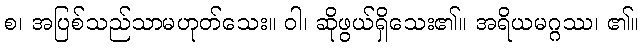
စ၊ အပြစ်သည်သာမဟုတ်သေး။ ဝါ၊ ဆိုဖွယ်ရှိသေး၏။ အရိယမဂ္ဂဿ၊ ၏။